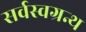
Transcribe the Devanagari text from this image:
सर्वस्वग्रन्थ